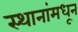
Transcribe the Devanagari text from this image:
स्थानांमधून